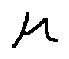
\mu